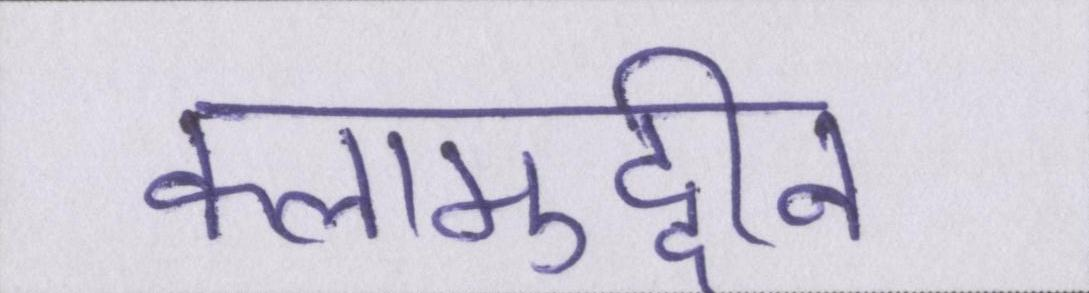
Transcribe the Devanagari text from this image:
कलामुद्दीन